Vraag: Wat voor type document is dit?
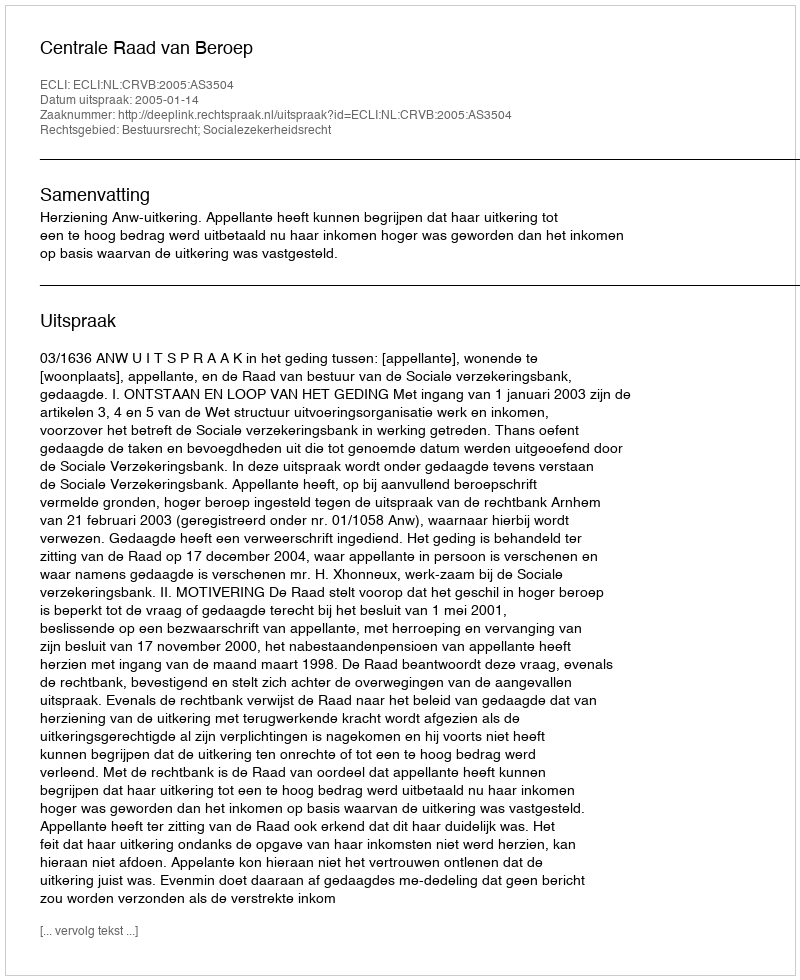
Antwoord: Uitspraak